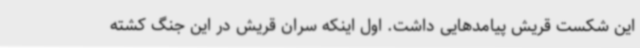
این شکست قریش پیامدهایی داشت. اول اینکه سران قریش در این جنگ کشته